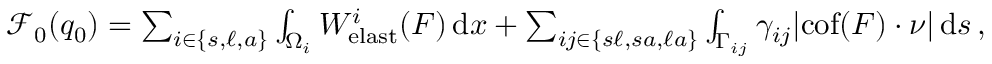
\begin{array} { r } { \mathscr { F } _ { 0 } ( q _ { 0 } ) = \sum _ { i \in \{ s , \ell , a \} } \int _ { \Omega _ { i } } W _ { \mathrm { e l a s t } } ^ { i } ( \boldsymbol { F } ) \, \mathrm { d } x + \sum _ { i j \in \{ s \ell , s a , \ell a \} } \int _ { \Gamma _ { i j } } \gamma _ { i j } | \mathrm { c o f } ( \boldsymbol { F } ) \cdot \boldsymbol { \nu } | \, \mathrm { d } s \, , } \end{array}